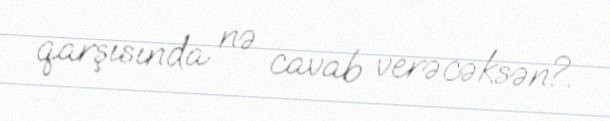
qarşısında nə cavab verəcəksən?.